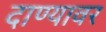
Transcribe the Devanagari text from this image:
दाण्यावर